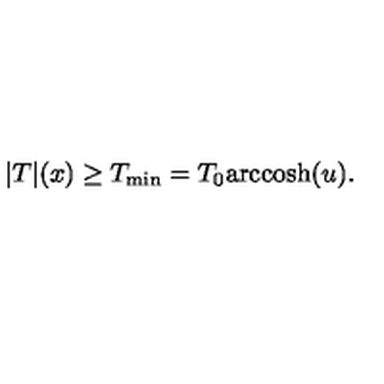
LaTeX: | T | ( x ) \ge T _ { \mathrm { m i n } } = T _ { 0 } \mathrm { a r c c o s h } ( u ) .